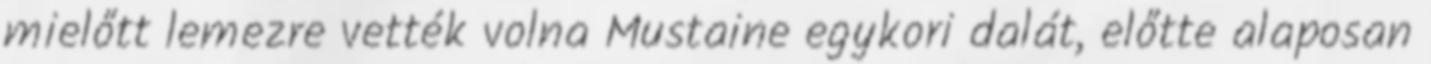
mielőtt lemezre vették volna Mustaine egykori dalát, előtte alaposan